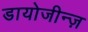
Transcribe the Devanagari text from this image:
डायोजीन्ज़